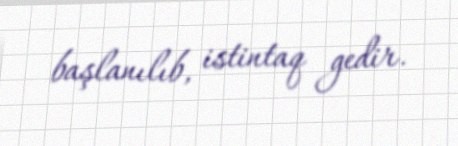
başlanılıb, istintaq gedir.